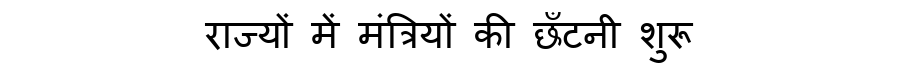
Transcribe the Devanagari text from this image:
राज्यों में मंत्रियों की छँटनी शुरू